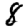
Digit: 8